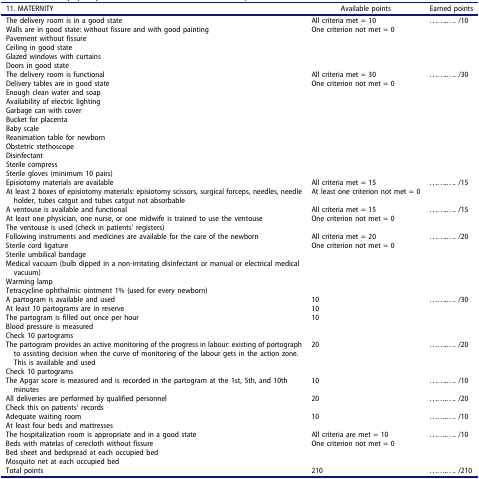
<table><thead><tr><td><b>11. MATERNITY</b></td><td><b>Available points</b></td><td><b>Earned points</b></td></tr></thead><tbody><tr><td>The delivery room is in a good stateWalls are in good state: without fissure and with good paintingPavement without fissureCeiling in good stateGlazed windows with curtainsDoors in good state</td><td>All criteria met = 10One criterion not met = 0</td><td>........... /10</td></tr><tr><td>The delivery room is functionalDelivery tables are in good stateEnough clean water and soapAvailability of electric lightingGarbage can with coverBucket for placentaBaby scaleReanimation table for newbornObstetric stethoscopeDisinfectantSterile compressSterile gloves (minimum 10 pairs)</td><td>All criteria met = 30One criterion not met = 0</td><td>........... /30</td></tr><tr><td>Episiotomy materials are availableAt least 2 boxes of episiotomy materials: episiotomy scissors, surgical forceps, needles, needle holder, tubes catgut and tubes catgut not absorbable</td><td>All criteria met = 15At least one criterion not met = 0</td><td>........... /15</td></tr><tr><td>A ventouse is available and functionalAt least one physician, one nurse, or one midwife is trained to use the ventouseThe ventouse is used (check in patients’ registers)</td><td>All criteria met = 15One criterion not met = 0</td><td>........... /15</td></tr><tr><td>Following instruments and medicines are available for the care of the newbornSterile cord ligatureSterile umbilical bandageMedical vacuum (bulb dipped in a non-irritating disinfectant or manual or electrical medical vacuum)Warming lampTetracycline ophthalmic ointment 1% (used for every newborn)</td><td>All criteria met = 20One criterion not met = 0</td><td>........... /20</td></tr><tr><td>A partogram is available and usedAt least 10 partograms are in reserveThe partogram is filled out once per hourBlood pressure is measuredCheck 10 partograms</td><td>101010</td><td>........... /30</td></tr><tr><td>The partogram provides an active monitoring of the progress in labour: existing of portograph to assisting decision when the curve of monitoring of the labour gets in the action zone. This is available and usedCheck 10 partograms</td><td>20</td><td>........... /20</td></tr><tr><td>The Apgar score is measured and is recorded in the partogram at the 1st, 5th, and 10th minutes</td><td>10</td><td>........... /10</td></tr><tr><td>All deliveries are performed by qualified personnelCheck this on patients’ records</td><td>20</td><td>........... /20</td></tr><tr><td>Adequate waiting roomAt least four beds and mattresses</td><td>10</td><td>........... /10</td></tr><tr><td>The hospitalization room is appropriate and in a good stateBeds with matelas of cerecloth without fissureBed sheet and bedspread at each occupied bedMosquito net at each occupied bed</td><td>All criteria are met = 10One criterion not met = 0</td><td>........... /10</td></tr><tr><td>Total points</td><td>210</td><td>........... /210</td></tr></tbody></table>